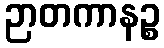
ဉာတကာနဉ္စ